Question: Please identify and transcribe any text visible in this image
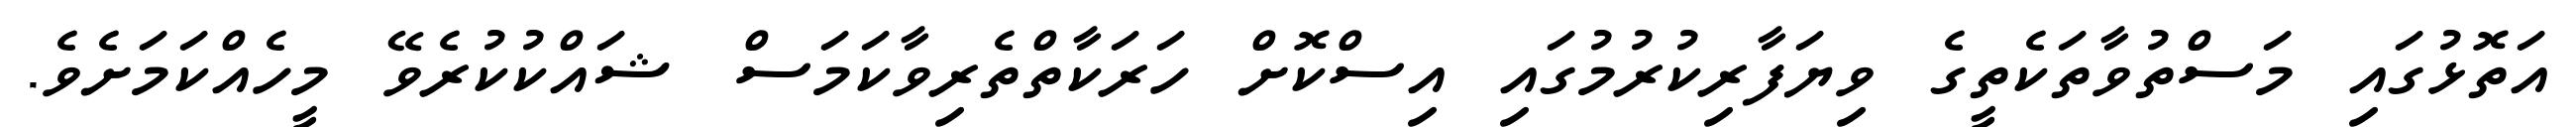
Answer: އަތޮޅުގައި މަސްތުވާތަކެތީގެ ވިޔަފާރިކުރުމުގައި އިސްކޮށް ހަރަކާތްތެރިވާކަމަސް ޝައްކުކުރެވޭ މީހެއްކަމަށެވެ.